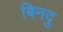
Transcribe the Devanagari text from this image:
बिनदु